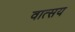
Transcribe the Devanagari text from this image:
वात्सय